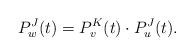
LaTeX: \begin{align*} P_w^J(t)=P_v^K(t)\cdot P_u^J(t).\end{align*}